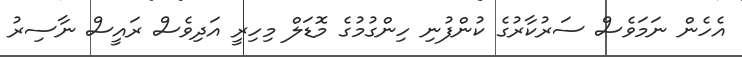
އެހެން ނަމަވެސް ސަރުކާރުގެ ކުންފުނި ހިންގުމުގެ މޮޑަލް މިހިރީ އަދިވެސް ރައީސް ނާސިރު